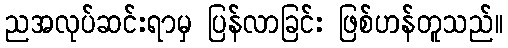
ညအလုပ်ဆင်းရာမှ ပြန်လာခြင်း ဖြစ်ဟန်တူသည်။